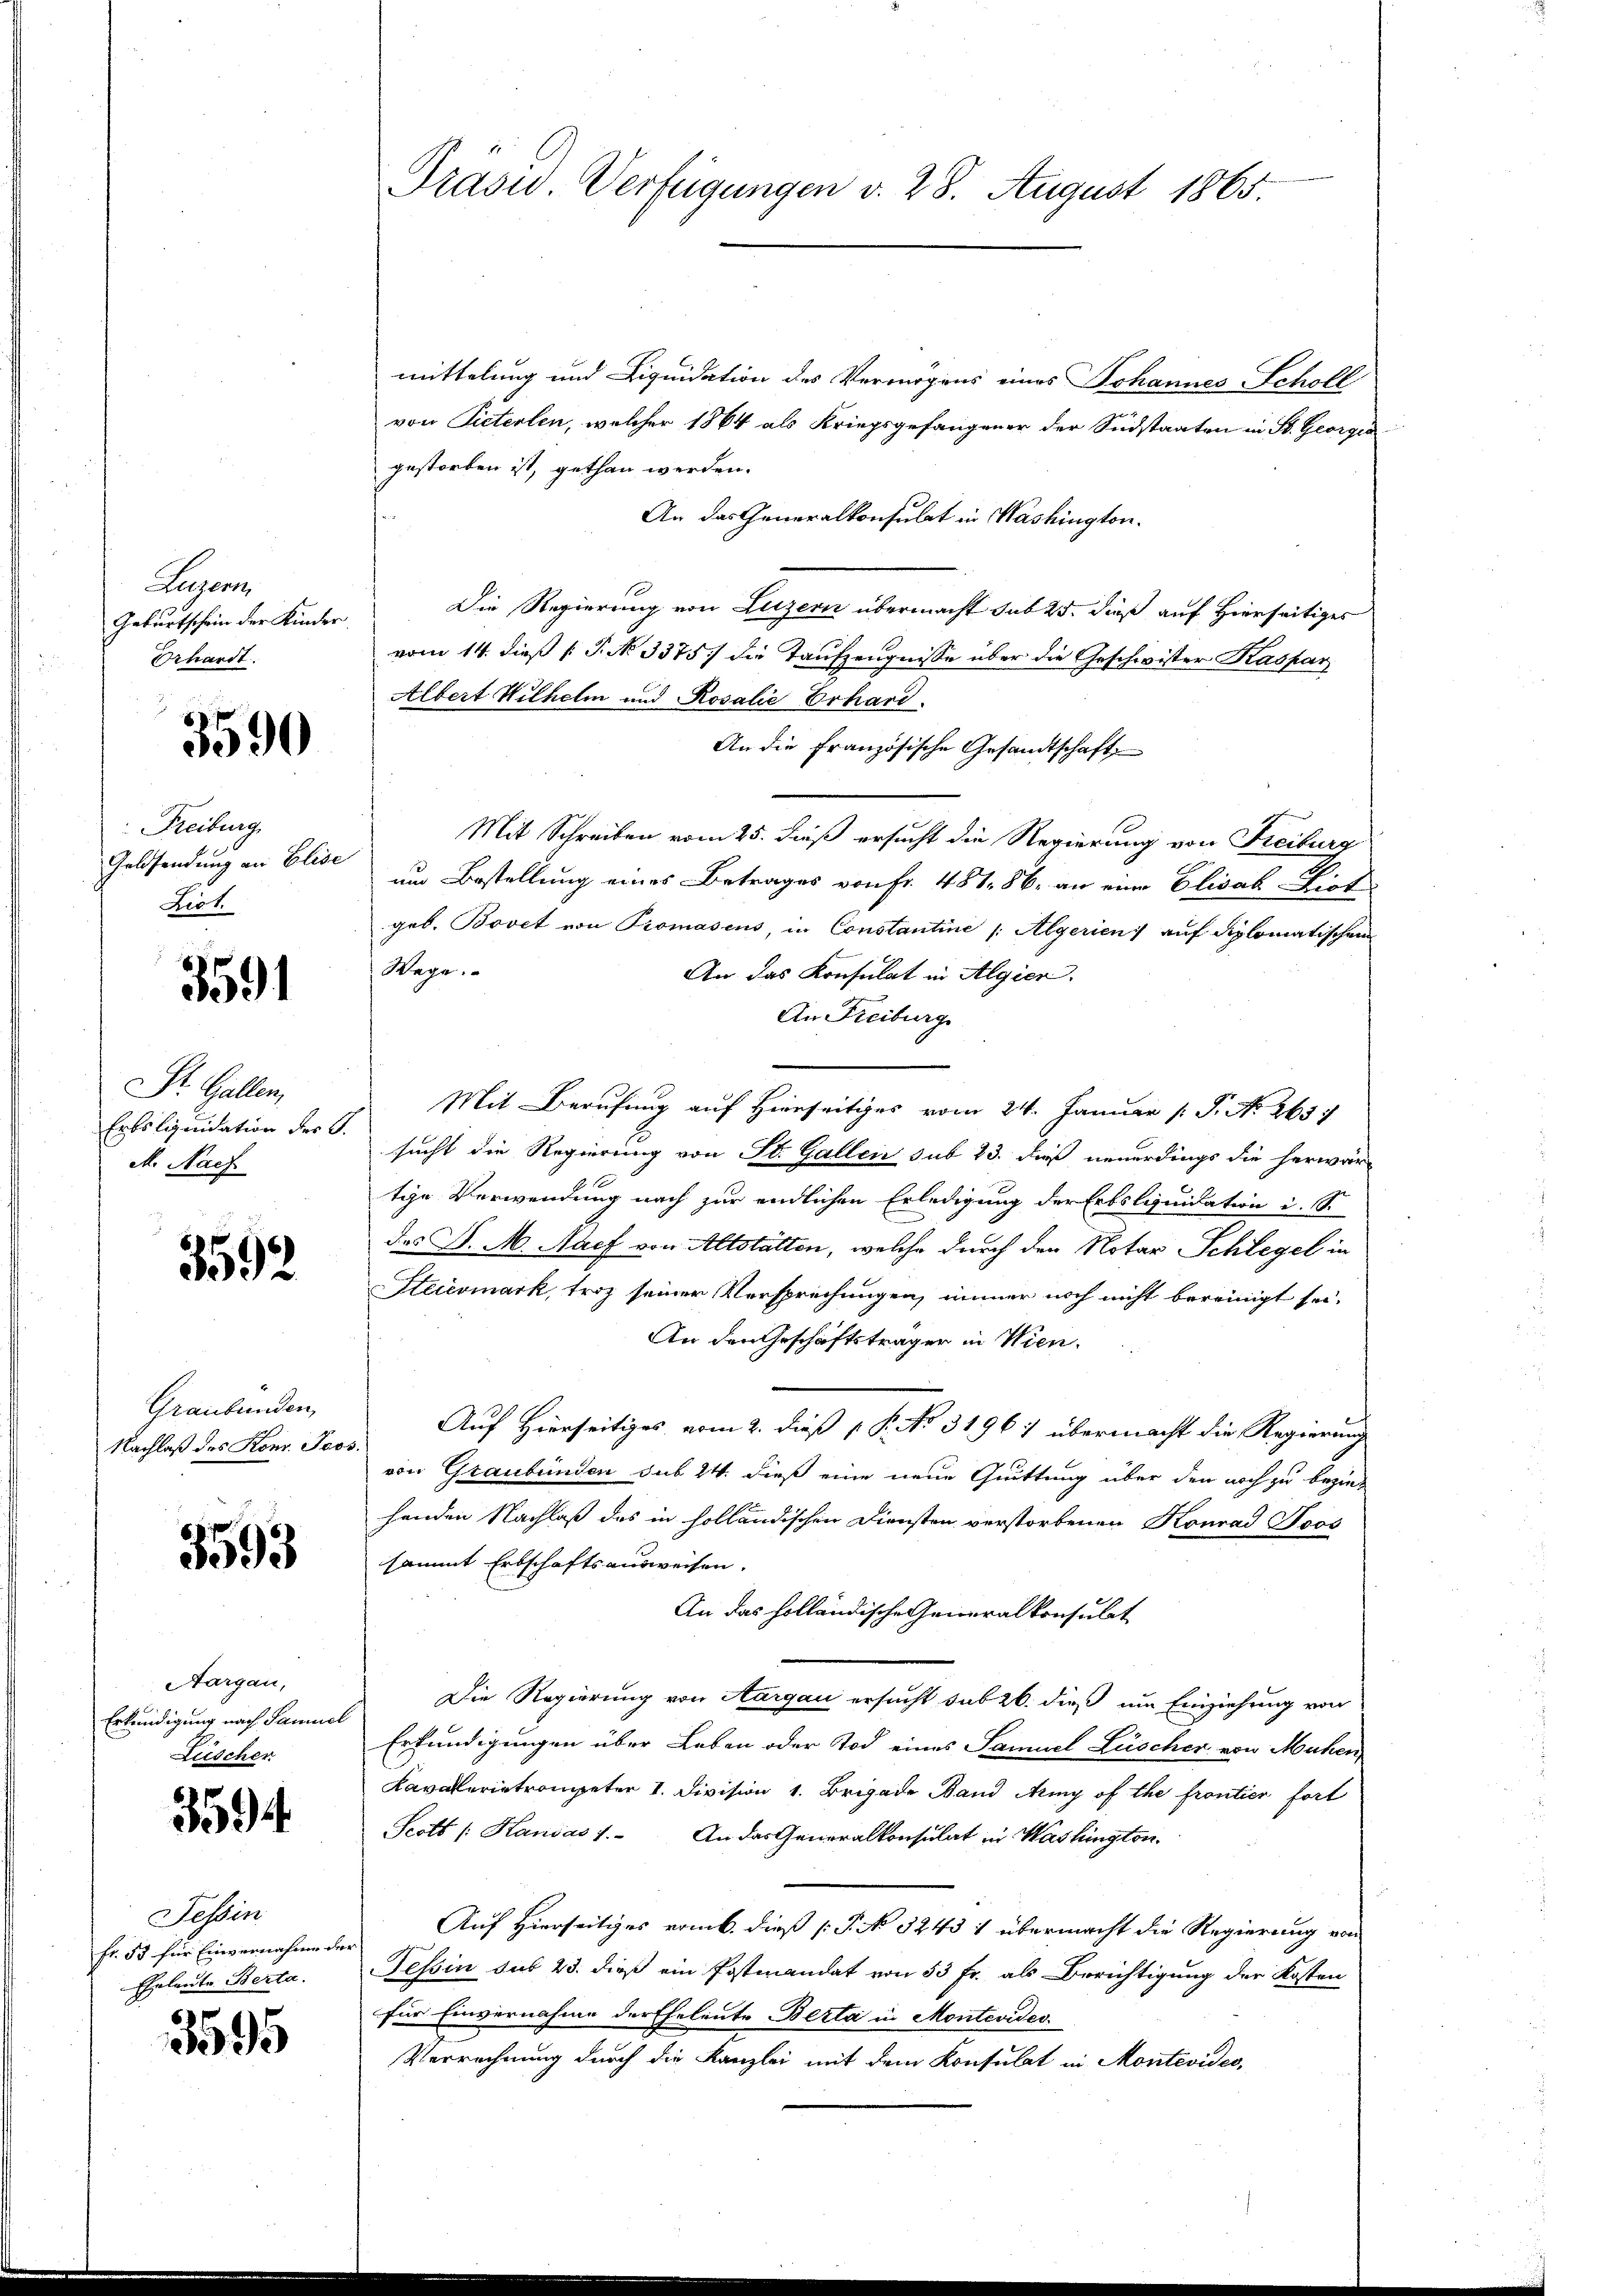
Luegen
Geburtschein der Kinder
Erhardt.

3590

Freiburg
Goldsendung an Elise
Zist.

3591

St. Gallen,
Erbsliquidation der B.
M. Nach

3592

Graubünden,
Nachlaß des Konr. Tes

3593

Aargau,
Erkendigung nach Samuel
Liescher

3594

Tessin
fr. 53 für Einvernahme de
Eheleute Berta

3595

Prasid. Verfügungen v. 28. August 1865.

mittelung und Liquidation des Vermögens eines Johannes Scholl
von Pieterlen, welcher 1864 als Kriegsgefangener der Südstaaten in B. Georgia
gestorben ist, gethan werden.
An das Generalkonsulat in Washington.
Die Regierung von Luzern übermacht sub 25. dieß auf Hierseitiges
vom 14. dieß P. No 3375. die Taufzeugnisse über die Geschwister Kaspar
Albert Wilhelm und Rosalie Erhard.
An die Französische Gesandtschaft
Mit Schreiben vom 25. dieß ersucht die Regierung von Freiburg
um Bestellung eines Betrages von Fr. 481 86, an eine Elisak Liot
geb. Bovet von Promasens, in Constantine /: Algerien auf diplomatischen
Wege.
An das Konsulat in Algien.
An Freiburg
Mit Berufung auf Hierseitiges vom 24. Januar ( P. Nr. 265.
sucht die Regierung von St. Gallen sub 23. dieß neuerdings die herwär-
tige Verwendung nach zur endlichen Erledigung der Erbsliquidation i. S.
das P. M. Nach von Altstätten, welche durch den Notar Schlegel in
Steiermark, troz seiner Versprechungen, immer noch nicht bereinigt sei.
An den Geschäftsträger in Wien.
Auf Hierseitiges vom 2. dieß P. No. 31967 übermacht die Regierung
von Graubünden sub 24. dieß eine neue Quittung über den noch zu bezie-
henden Nachlaß des in holländischen Diensten verstorbenen Konrad Foos
sammt Erbschaftsausweisen.
An das holländische Generalkonsulat
Die Regierung von Aargau ersucht sub 26. dieß um Einziehung von
Erkundigungen über Leben oder Tod eines Samuel Lüscher von Mühen,
Kavallerietrompeter 1. Division v. Brigade Band Amy of the frontier fort
Scott /: Handas 1. An das Generalkonsulat in Washington
Auf Hierseitiges vom 6. dieß P. No 3243 1 übermacht die Regierung von
Tessin sub 23. dieß ein Postmandat von 53 Fr. als Berichtigung der Kosten
für Einvernahme der Eheleute Berta in Montevides.
Verrechnung durch die Kanzlei mit dem Konsulat in Montevides,